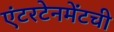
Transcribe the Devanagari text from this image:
एंटरटेनमेंटची